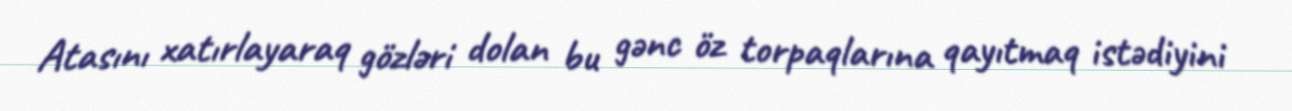
Atasını xatırlayaraq gözləri dolan bu gənc öz torpaqlarına qayıtmaq istədiyini